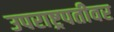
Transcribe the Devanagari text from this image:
उपराष्ट्रपतीवर